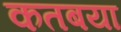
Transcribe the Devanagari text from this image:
कतबया